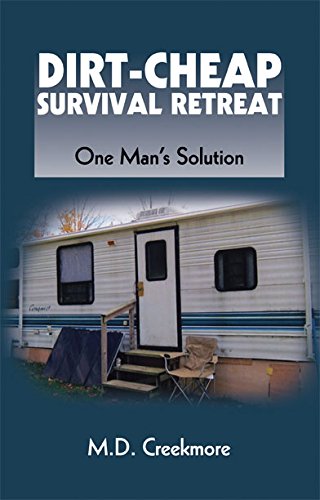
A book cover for Dirt-Cheap Survival Retreat: One Man's Solution; M.D. Creekmore; Sports & Outdoors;